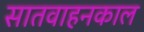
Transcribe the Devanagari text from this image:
सातवाहनकाल